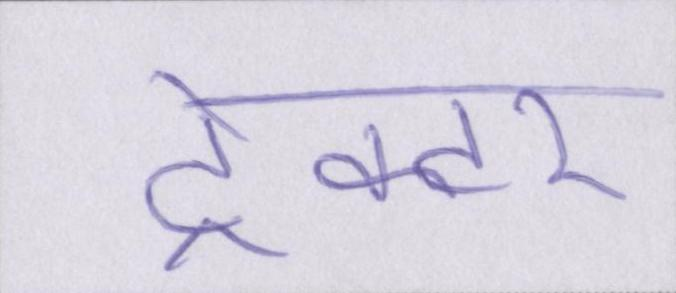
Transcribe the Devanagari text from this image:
ट्रेक्टर